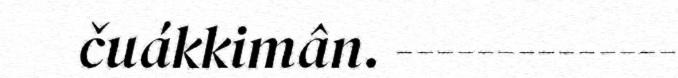
čuákkimân. --------------